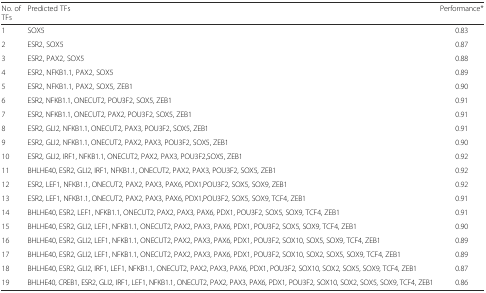
<table><thead><tr><td><b>No. of TFs</b></td><td><b>Predicted TFs</b></td><td><b>Performance*</b></td></tr></thead><tbody><tr><td>1</td><td>SOX5</td><td>0.83</td></tr><tr><td>2</td><td>ESR2, SOX5</td><td>0.87</td></tr><tr><td>3</td><td>ESR2, PAX2, SOX5</td><td>0.88</td></tr><tr><td>4</td><td>ESR2, NFKB1.1, PAX2, SOX5</td><td>0.89</td></tr><tr><td>5</td><td>ESR2, NFKB1.1, PAX2, SOX5, ZEB1</td><td>0.90</td></tr><tr><td>6</td><td>ESR2, NFKB1.1, ONECUT2, POU3F2, SOX5, ZEB1</td><td>0.91</td></tr><tr><td>7</td><td>ESR2, NFKB1.1, ONECUT2, PAX2, POU3F2, SOX5, ZEB1</td><td>0.91</td></tr><tr><td>8</td><td>ESR2, GLI2, NFKB1.1, ONECUT2, PAX3, POU3F2, SOX5, ZEB1</td><td>0.91</td></tr><tr><td>9</td><td>ESR2, GLI2, NFKB1.1, ONECUT2, PAX2, PAX3, POU3F2, SOX5, ZEB1</td><td>0.90</td></tr><tr><td>10</td><td>ESR2, GLI2, IRF1, NFKB1.1, ONECUT2, PAX2, PAX3, POU3F2,SOX5, ZEB1</td><td>0.92</td></tr><tr><td>11</td><td>BHLHE40, ESR2, GLI2, IRF1, NFKB1.1, ONECUT2, PAX2, PAX3, POU3F2, SOX5, ZEB1</td><td>0.92</td></tr><tr><td>12</td><td>ESR2, LEF1, NFKB1.1, ONECUT2, PAX2, PAX3, PAX6, PDX1,POU3F2, SOX5, SOX9, ZEB1</td><td>0.92</td></tr><tr><td>13</td><td>ESR2, LEF1, NFKB1.1, ONECUT2, PAX2, PAX3, PAX6, PDX1,POU3F2, SOX5, SOX9, TCF4, ZEB1</td><td>0.91</td></tr><tr><td>14</td><td>BHLHE40, ESR2, LEF1, NFKB1.1, ONECUT2, PAX2, PAX3, PAX6, PDX1, POU3F2, SOX5, SOX9, TCF4, ZEB1</td><td>0.91</td></tr><tr><td>15</td><td>BHLHE40, ESR2, GLI2, LEF1, NFKB1.1, ONECUT2, PAX2, PAX3, PAX6, PDX1, POU3F2, SOX5, SOX9, TCF4, ZEB1</td><td>0.90</td></tr><tr><td>16</td><td>BHLHE40, ESR2, GLI2, LEF1, NFKB1.1, ONECUT2, PAX2, PAX3, PAX6, PDX1, POU3F2, SOX10, SOX5, SOX9, TCF4, ZEB1</td><td>0.89</td></tr><tr><td>17</td><td>BHLHE40, ESR2, GLI2, LEF1, NFKB1.1, ONECUT2, PAX2, PAX3, PAX6, PDX1, POU3F2, SOX10, SOX2, SOX5, SOX9, TCF4, ZEB1</td><td>0.89</td></tr><tr><td>18</td><td>BHLHE40, ESR2, GLI2, IRF1, LEF1, NFKB1.1, ONECUT2, PAX2, PAX3, PAX6, PDX1, POU3F2, SOX10, SOX2, SOX5, SOX9, TCF4, ZEB1</td><td>0.87</td></tr><tr><td>19</td><td>BHLHE40, CREB1, ESR2, GLI2, IRF1, LEF1, NFKB1.1, ONECUT2, PAX2, PAX3, PAX6, PDX1, POU3F2, SOX10, SOX2, SOX5, SOX9, TCF4, ZEB1</td><td>0.86</td></tr></tbody></table>